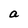
Character: a